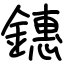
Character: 鏸